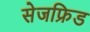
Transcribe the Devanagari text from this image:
सेजफ्रिड